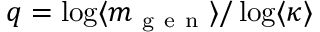
q = \log \langle m _ { \mathrm { ~ g ~ e ~ n ~ } } \rangle / \log \langle \kappa \rangle